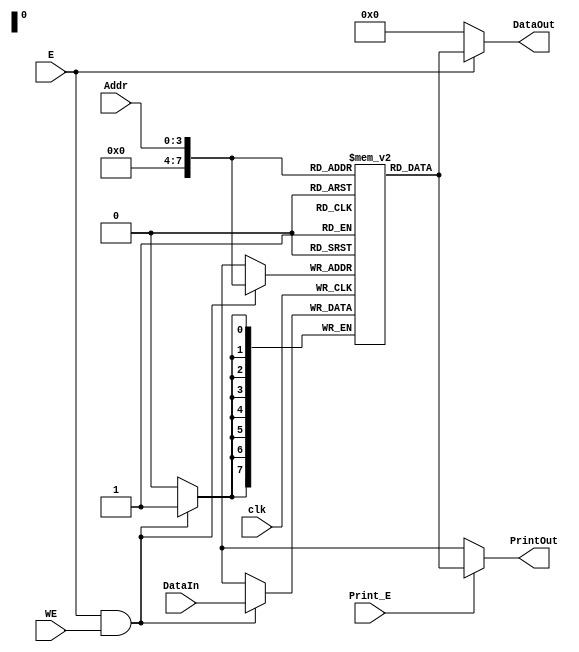
//Activated at positive edge of clock signal

module DMem(
    input clk,
    input E,
    input WE,
    input [3:0] Addr,
    input [7:0] DataIn,
    input Print_E,

    output [7:0] DataOut,
    output [7:0] PrintOut
);

    reg [7:0] data_memory [255:0];

    always @(posedge clk) begin
        if(E == 1 && WE == 1)           //Write the Data Input to Data Address
            data_memory[Addr] <= DataIn; 
    end

    assign DataOut = (E == 1) ? data_memory[Addr] : 0;  //If enabled put the value at Address in Data Out
    assign PrintOut = (Print_E == 1)? data_memory[Addr] : 8'dx; //If print is enables, output the value at print address at PrintOut
endmodule